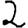
Digit: 2